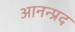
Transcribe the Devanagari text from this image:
आनन्प्रद